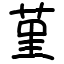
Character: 𦰌